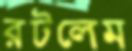
রটলেম